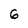
Character: 6